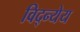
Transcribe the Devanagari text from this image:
विद्न्येय